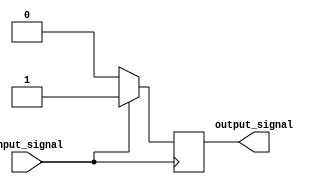
module Voltage_Level_Shifter (
	input wire input_signal,
	output wire output_signal
);

// Input and output registers
reg input_reg;
reg output_reg;

// Voltage level shifting logic
always @ (posedge input_signal)
begin
	if(input_reg == 1'b1) begin
		output_reg <= 1'b1;
	end else begin
		output_reg <= 1'b0;
	end
end

// Control module
always @ (posedge input_signal)
begin
	// Configure voltage level shifting operation here
end

// Connect input and output registers to input and output signals
assign input_signal = input_reg;
assign output_signal = output_reg;

endmodule